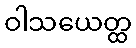
ဝါသယေတ္ထ